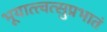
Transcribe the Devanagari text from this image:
भूयात्त्वत्सुप्रभातं